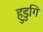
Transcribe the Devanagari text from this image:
हुडुगि